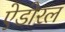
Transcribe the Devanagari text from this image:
ऐडोरल